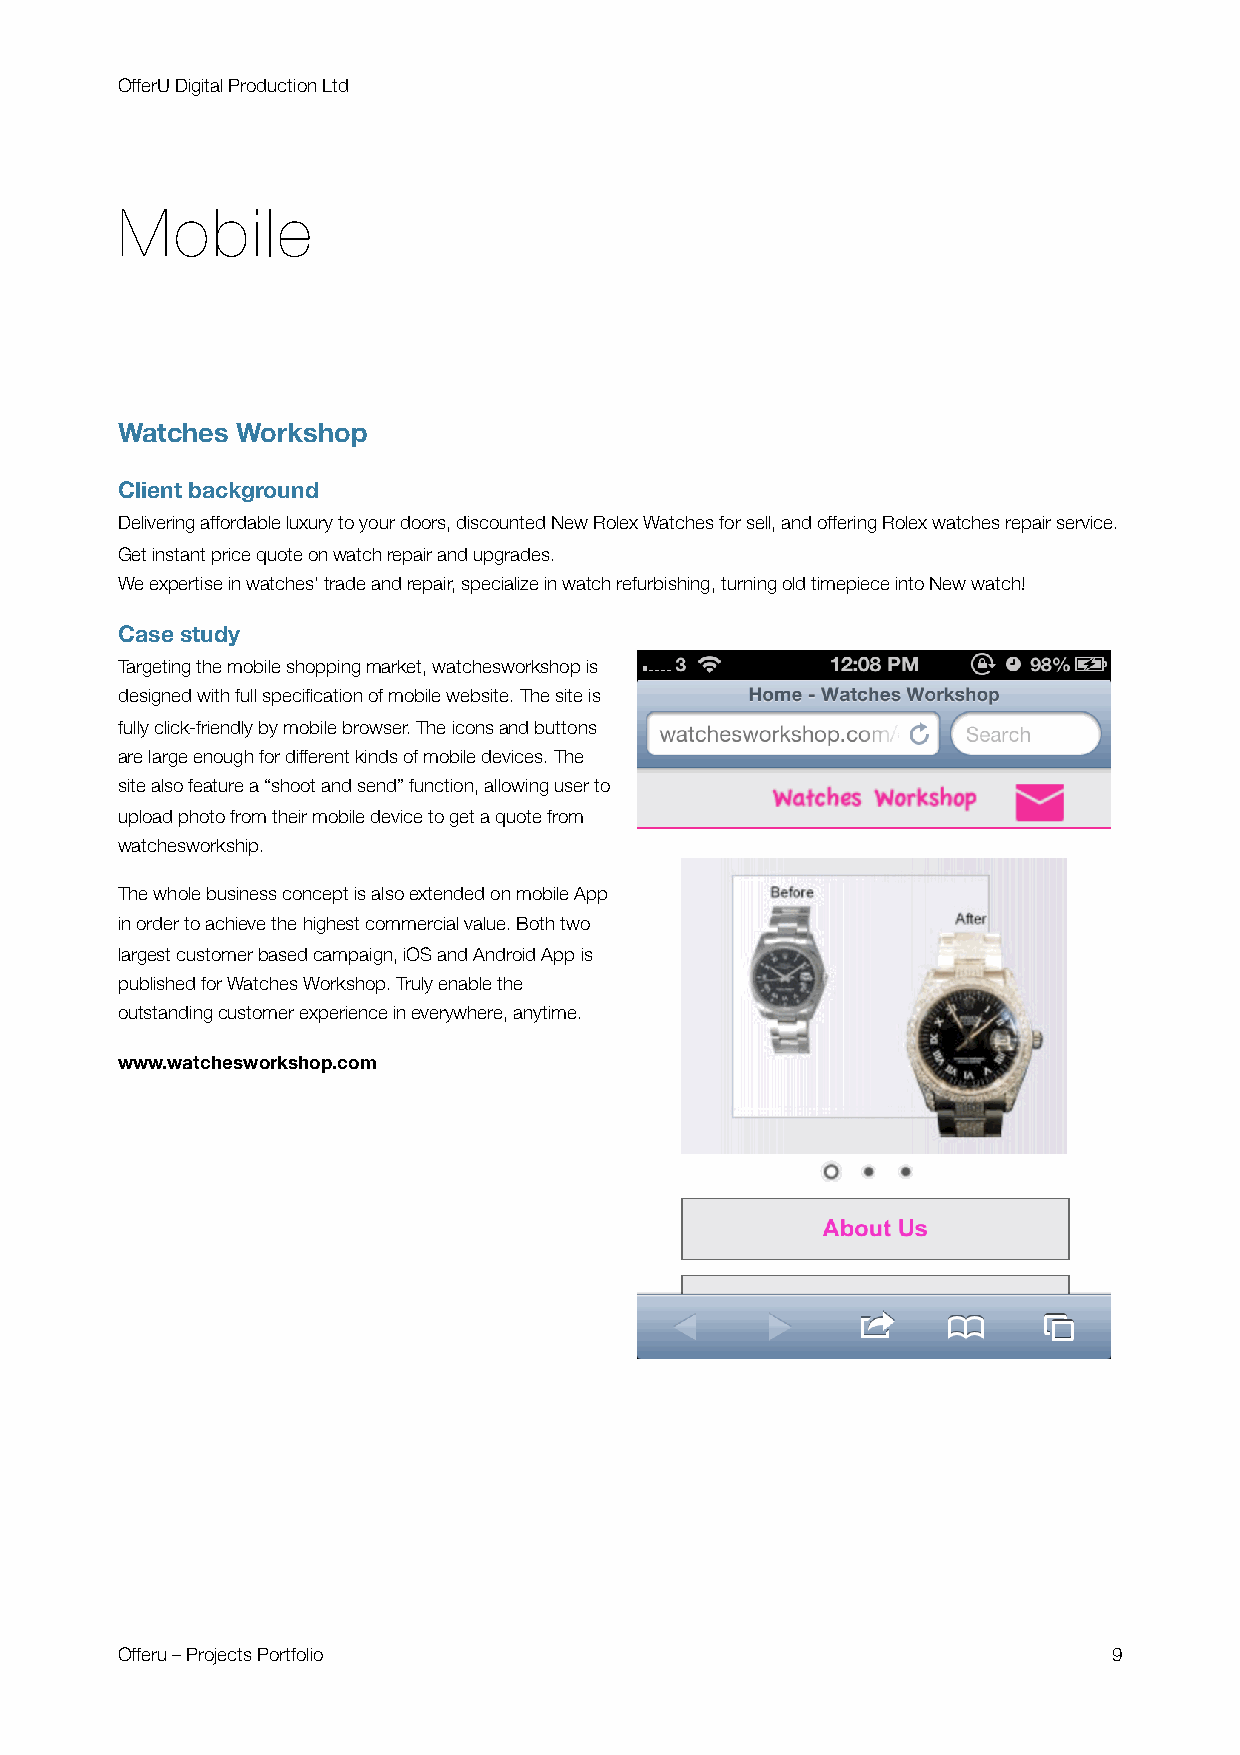
OfferU Digital Production Ltd
 Mobile
 Watches Workshop
 Client background
 Delivering affordable luxury to your doors, discounted New Rolex Watches for sell, and offering Rolex watches repair service.
 Get instant price quote on watch repair and upgrades.
 We expertise in watches' trade and repair, specialize in watch refurbishing, turning old timepiece into New watch!
 Case study
 Targeting the mobile shopping market, watchesworkshop is
 designed with full specification of mobile website. The site is
 fully click-friendly by mobile browser. The icons and buttons
 are large enough for different kinds of mobile devices. The
 site also feature a “shoot and send” function, allowing user to
 upload photo from their mobile device to get a quote from
 watchesworkship.
 The whole business concept is also extended on mobile App
 in order to achieve the highest commercial value. Both two
 largest customer based campaign, iOS and Android App is
 published for Watches Workshop. Truly enable the
 outstanding customer experience in everywhere, anytime.
 www.watchesworkshop.com
 Offeru – Projects Portfolio                                       9